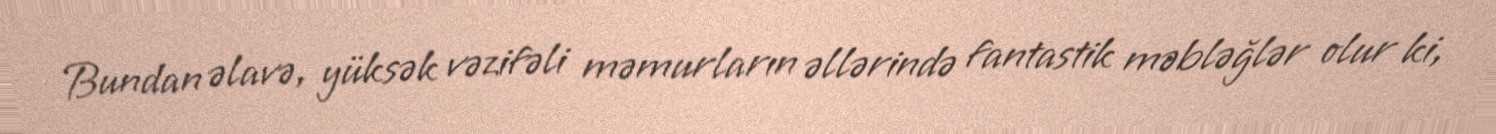
Bundan əlavə, yüksək vəzifəli məmurların əllərində fantastik məbləğlər olur ki,